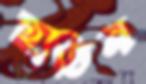
হাতিন